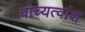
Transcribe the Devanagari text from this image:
वाच्यत्वांश